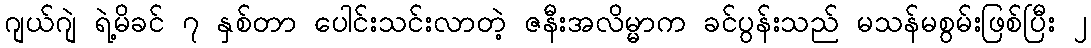
ဂျယ်ဂျဲ ရဲ့မိခင် ၇ နှစ်တာ ပေါင်းသင်းလာတဲ့ ဇနီးအလိမ္မာက ခင်ပွန်းသည် မသန်မစွမ်းဖြစ်ပြီး ၂